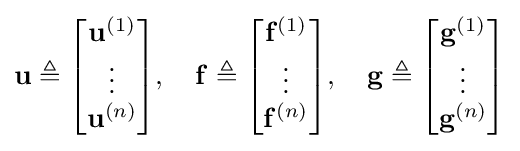
\mathbf {u} \triangleq {\begin{bmatrix}\mathbf {u} ^{(1)}\\\vdots \\\mathbf {u} ^{(n)}\end{bmatrix}},\quad \mathbf {f} \triangleq {\begin{bmatrix}\mathbf {f} ^{(1)}\\\vdots \\\mathbf {f} ^{(n)}\end{bmatrix}},\quad \mathbf {g} \triangleq {\begin{bmatrix}\mathbf {g} ^{(1)}\\\vdots \\\mathbf {g} ^{(n)}\end{bmatrix}}